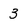
Character: 3